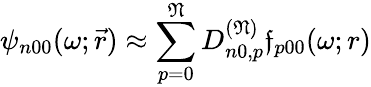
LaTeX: \psi_{n00}(\omega;\vec{r})\approx\sum_{p=0}^{\mathfrak{N}}D_{n0,p}^{(\mathfrak{N})}\mathfrak{f}_{p00}(\omega;r)